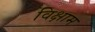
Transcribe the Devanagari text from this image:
विक्षाम